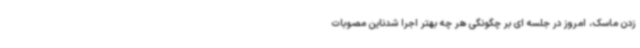
زدن ماسک، امروز در جلسه ای بر چگونگی هر چه بهتر اجرا شدناین مصوبات